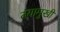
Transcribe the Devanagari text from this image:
तयामुखी